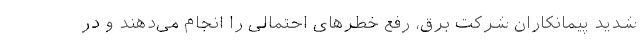
شدید پیمانکاران شرکت برق، رفع خطرهای احتمالی را انجام می‌دهند و در